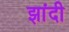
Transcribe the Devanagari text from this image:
झांदी